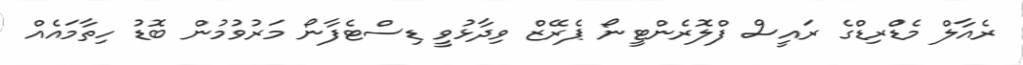
ރެއާލް މެޑްުރިޑްގެ ރައީސް ފްލޮރެންޓީނޯ ޕެރޭޒް ވިދާޅުވީ ޑިސްޓެފާނޯ މަރުވުމުން ބޮޑު ހިތާމައެއް